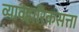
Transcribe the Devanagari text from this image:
व्यावहारिकसत्ता